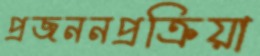
প্রজননপ্রক্রিয়া